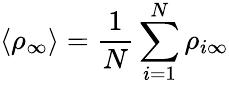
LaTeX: \langle\rho_{\infty}\rangle=\frac{1}{N}\sum_{i=1}^{N}\rho_{i\infty}